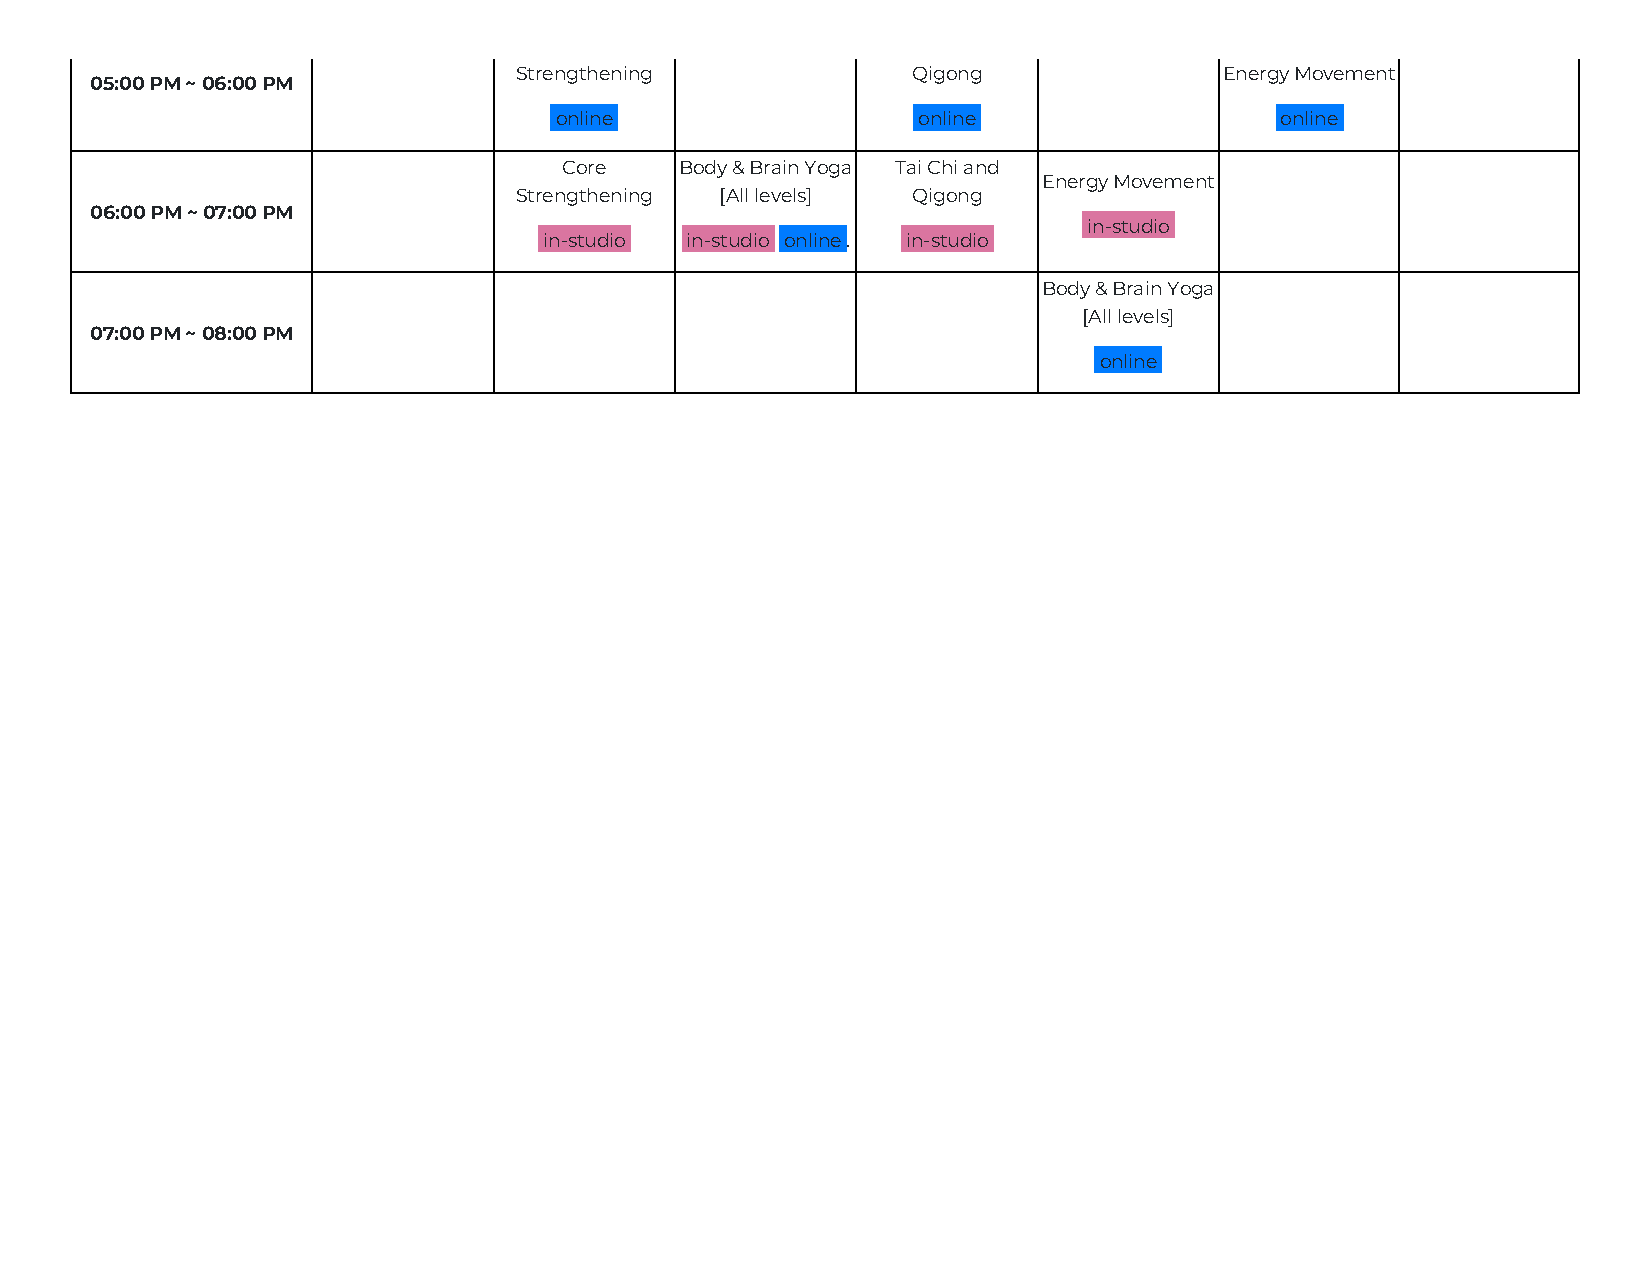
Strengthening             Qigong               Energy Movement
 05:00 PM ~ 06:00 PM
 online                  online                  online
 Core    Body & Brain Yoga Tai Chi and
 Energy Movement
 Strengthening [All levels] Qigong
 06:00 PM ~ 07:00 PM
 in-studio
 in-studio in-studio online . in-studio
 Body & Brain Yoga
 [All levels]
 07:00 PM ~ 08:00 PM
 online